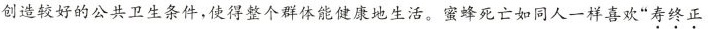
创造较好的公共卫生条件，使得整个群体能健康地生活。蜜蜂死亡如同人一样喜欢”寿终正